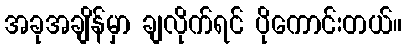
အခုအချိန်မှာ ချလိုက်ရင် ပိုကောင်းတယ်။